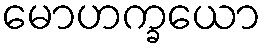
မောဟက္ခယော